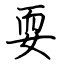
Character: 耍